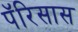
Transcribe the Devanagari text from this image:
पॅरिसास